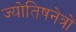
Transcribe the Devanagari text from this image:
ज्योतिषनेत्रों